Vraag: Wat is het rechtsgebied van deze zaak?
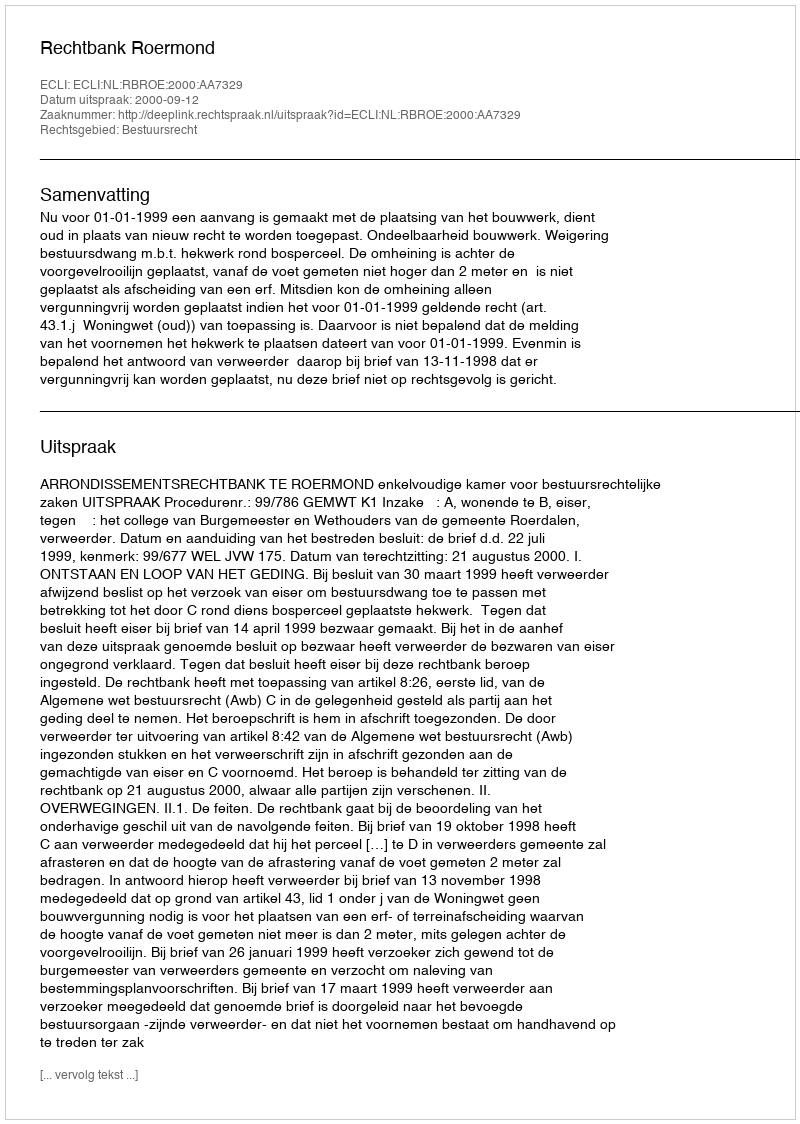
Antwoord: Bestuursrecht